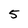
Character: 5